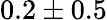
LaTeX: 0.2\pm 0.5